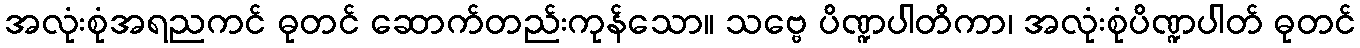
အလုံးစုံအရညကင် ဓုတင် ဆောက်တည်းကုန်သော။ သဗ္ဗေ ပိဏ္ဍပါတိကာ၊ အလုံးစုံပိဏ္ဍပါတ် ဓုတင်